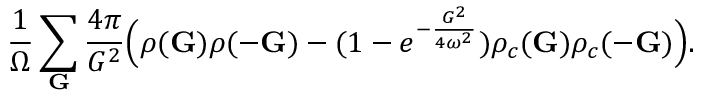
\frac { 1 } { \Omega } \sum _ { \mathbf { G } } \frac { 4 \pi } { G ^ { 2 } } \Big ( \rho ( \mathbf { G } ) \rho ( - \mathbf { G } ) - ( 1 - e ^ { - \frac { G ^ { 2 } } { 4 \omega ^ { 2 } } } ) \rho _ { c } ( \mathbf { G } ) \rho _ { c } ( - \mathbf { G } ) \Big ) .